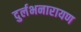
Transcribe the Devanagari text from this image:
दुर्लभनारायण